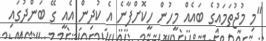
"މި މުޖުތަމައުގެ ބައެއް މީހުން ހީކޮށްފާނެ އެ ކުދިން އެއީ ގޭ ބަންދުގައި